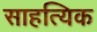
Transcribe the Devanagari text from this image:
साहत्यिक